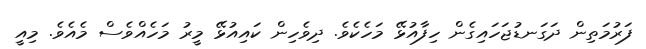
ފަރުމަތިން ދަގަނޑުޖަހައިގެން ހިފާއުޅޭ މަހެކެވެ. ދިވެހިން ކައިއުޅޭ މީރު މަހެއްވެސް މެއެވެ. މިއީ